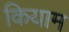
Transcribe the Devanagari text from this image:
कियाम